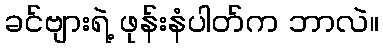
ခင်ဗျားရဲ့ ဖုန်းနံပါတ်က ဘာလဲ။